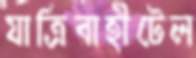
যাত্রিবাহীটেল